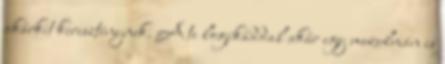
akárkit kereszténynek. A te logikáddal akár egy muzulmán is